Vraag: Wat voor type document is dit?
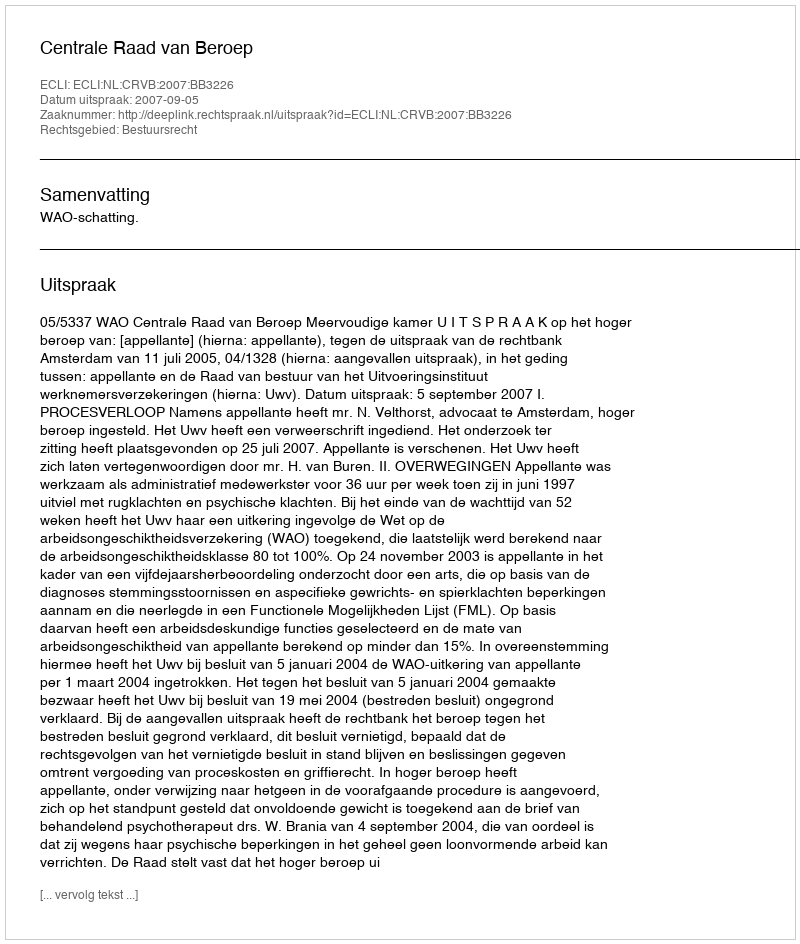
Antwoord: Uitspraak